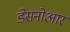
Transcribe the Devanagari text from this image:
डेसनोआर